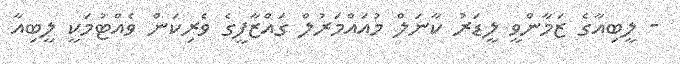
- ލީބިއާގެ ޒަމާންވީ ލީޑަރު ކާނަލް މުއައްމަރުލް ގައްޒާފީގެ ވެރިކަން ވެއްޓުމަކީ ލީބިއާ